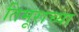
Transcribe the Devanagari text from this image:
तिमूराच्या